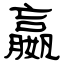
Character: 嬴